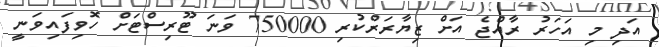
އަދި މި އަހަރު ރާއްޖެ އަށް ޒިޔާރަރްކުރި 750000 ވަނަ ޓޫރިސްޓަށް ހޮވިފައިވަނީ